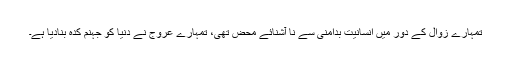
تمہارے زوال کے دور میں انسانیت بدامنی سے نا آشنائے محض تھی، تمہارے عروج نے دنیا کو جہنم کدہ بنادیا ہے۔